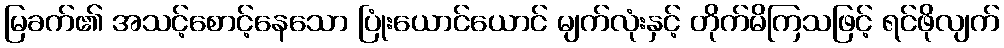
မြခက်၏ အသင့်စောင့်နေသော ပြုံးယောင်ယောင် မျက်လုံးနှင့် တိုက်မိကြသဖြင့် ရင်ဖိုလျက်